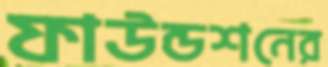
ফাউন্ডশনের